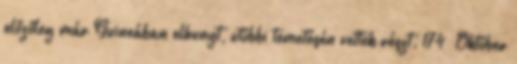
előzőleg már Guineában elhunyt, utóbbi temetésén vettek részt. 174 Október